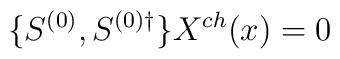
\{ S^{(0)}, S^{(0)\dagger}\}X^{ch}(x) = 0